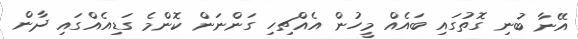
އޭނާ ބުނި ގޮތުގައި ބައެއް މީހުން އެއްޗިހި ގަންނަން ކޮންމެ ގަޑިއެއްގައި ދާން